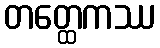
တတ္ထေကဿ